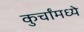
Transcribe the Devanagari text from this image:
कुर्चांमध्ये